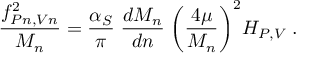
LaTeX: \frac { f _ { P n , V n } ^ { 2 } } { M _ { n } } = \frac { \alpha _ { S } } { \pi } \; \frac { d M _ { n } } { d n } \; \biggl ( \frac { 4 \mu } { M _ { n } } \biggr ) ^ { 2 } H _ { P , V } \; .